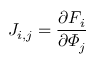
J _ { i , j } = \frac { \partial F _ { i } } { \partial \mathbf { \varPhi } _ { j } }